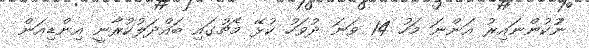
ނުުކުންނައިރު އަންނަ މަހު 14 ވަނަ ދުވަހު ކުޅޭ މެޗުގައި ބައްދަލުކުރާނީ އިންޑިއަން